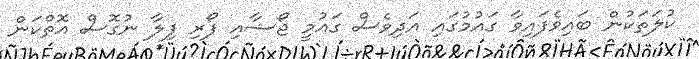
ކުލަތަކުން ބައިވެފައިވާ ގައުމުގައި އަދިވެސް ގައުމީ ޖޯޝާއި ފޯރި ފިލާ ނުގޮސް އޮތްކަން